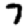
Digit: 7